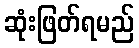
ဆုံးဖြတ်ရမည်